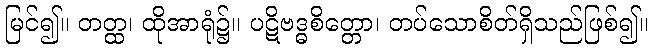
မြင်၍။ တတ္ထ၊ ထိုအာရုံ၌။ ပဋိဗဒ္ဓစိတ္တော၊ တပ်သောစိတ်ရှိသည်ဖြစ်၍။